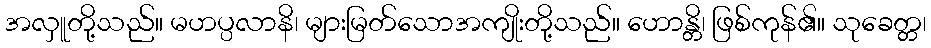
အလှူတို့သည်။ မဟပ္ပလာနိ၊ များမြတ်သောအကျိုးတို့သည်။ ဟောန္တိ၊ ဖြစ်ကုန်၏။ သုခေတ္တ၊